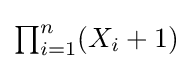
\textstyle \prod _{i=1}^{n}(X_{i}+1)